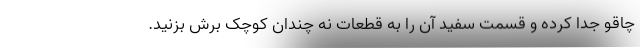
چاقو جدا کرده و قسمت سفید آن را به قطعات نه چندان کوچک برش بزنید.